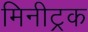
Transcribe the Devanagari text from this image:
मिनीट्रक